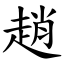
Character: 趙